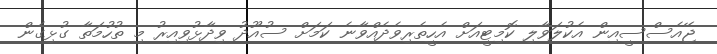
ޖޭއެސްސީއިން އެކުލަވާލި ކޮމިޓީއަށް އެހީތެރިވެދެއްވާނެ ކަމަށް ސުއޫދު ވިދާޅުވިއިރު މި ތުހުމަތާ ގުޅިގެން